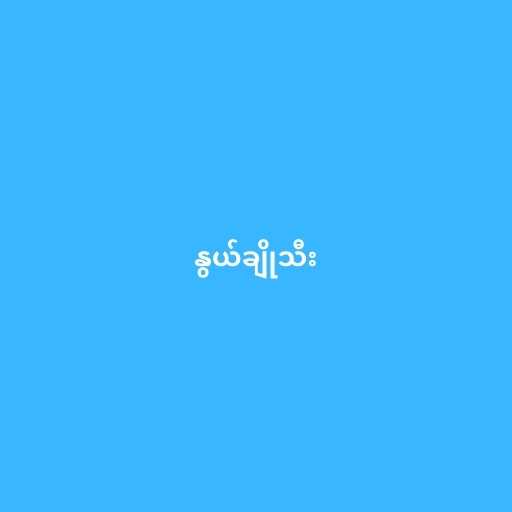
နွယ်ချိုသီး